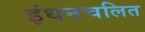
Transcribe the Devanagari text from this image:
इंधनचलित